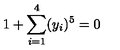
1 + \sum _ { i = 1 } ^ { 4 } ( y _ { i } ) ^ { 5 } = 0